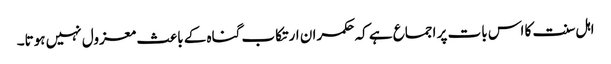
اہل سنت کا اس بات پر اجماع ہے کہ حکمران ارتکاب گناہ کے باعث معزول نہیں ہوتا۔